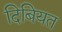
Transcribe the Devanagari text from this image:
दिबियत